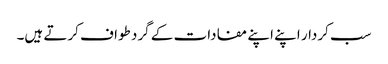
سب کردار اپنے اپنے مفادات کے گرد طواف کرتے ہیں۔